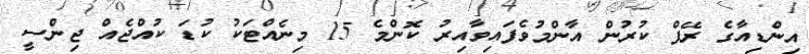
އިންޑިއާގެ ރޭޕް ކުރުން އާންމުވެފައިވާއިރު ކޮންމެ 15 މިނެއްޓަކު ކުޑަ ކުއްޖެއް ޖިންސީ